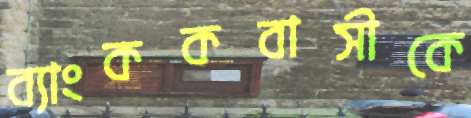
ব্যাংককবাসীকে